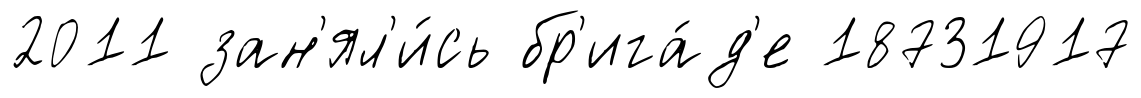
2011 зан'ял'и́сь бр'ига́д'е 18731917